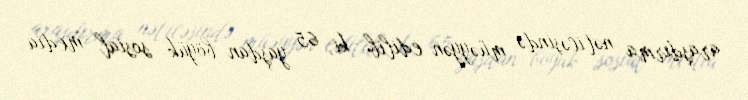
araşdırma nəticəsində müəyyən edilib ki, 65 yaşdan böyük sosial media